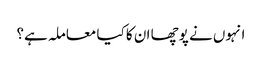
انہوں نے پوچھا ان کا کیا معاملہ ہے؟